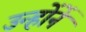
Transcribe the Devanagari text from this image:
उन्हाेंनें